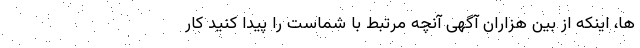
ها، اینکه از بین هزاران آگهی آنچه مرتبط با شماست را پیدا کنید کار